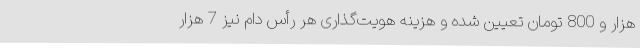
هزار و 800 تومان تعیین شده و هزینه هویت‌گذاری هر رأس دام نیز 7 هزار